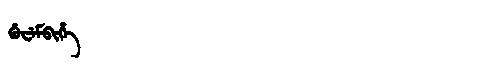
Manchu: ᡤᡠᠸᡝᠮᠪᡳᡥᡝ
Romanization: GUWEMBIHE